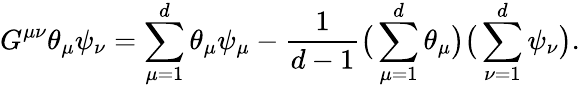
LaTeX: G^{\mu\nu}\theta_{\mu}\psi_{\nu}=\sum_{\mu=1}^{d}\theta_{\mu}\psi_{\mu}-\frac{1}{d-1}\big(\sum_{\mu=1}^{d}\theta_{\mu}\big)\big(\sum_{\nu=1}^{d}\psi_{\nu}\big).